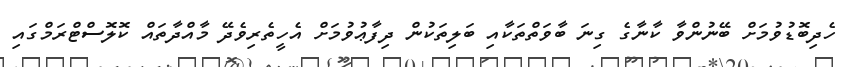
ހެދިބޮޑުވުމަށް ބޭނުންވާ ކާނާގެ ގިނަ ބާވަތްތަކާއި ބަލިތަކުން ދިފާޢުވުމަށް އެހީތެރިވެދޭ މާއްދާތައް ކޮލޮސްޓްރަމްގައި